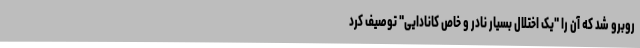
روبرو شد که آن را "یک اختلال بسیار نادر و خاص کانادایی" توصیف کرد